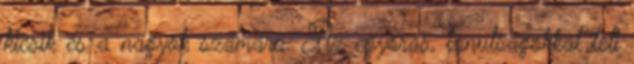
kicsik és a nagyok számára. Az egyórás, tanulságokkal teli